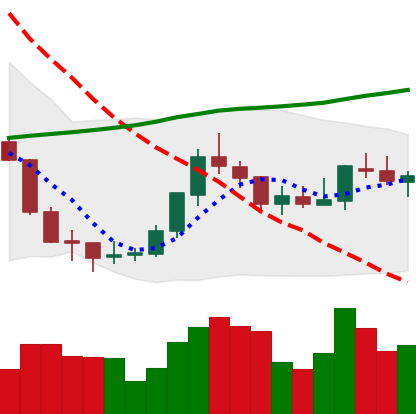
Ticker: EOS-USD
Chart end date: 2018-07-27
Forward return: -13.746%
Label: down_7plus